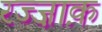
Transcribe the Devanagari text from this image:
रज्ज़ाक़